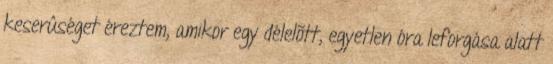
keserûséget éreztem, amikor egy délelõtt, egyetlen óra leforgása alatt